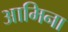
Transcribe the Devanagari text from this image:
आमिना